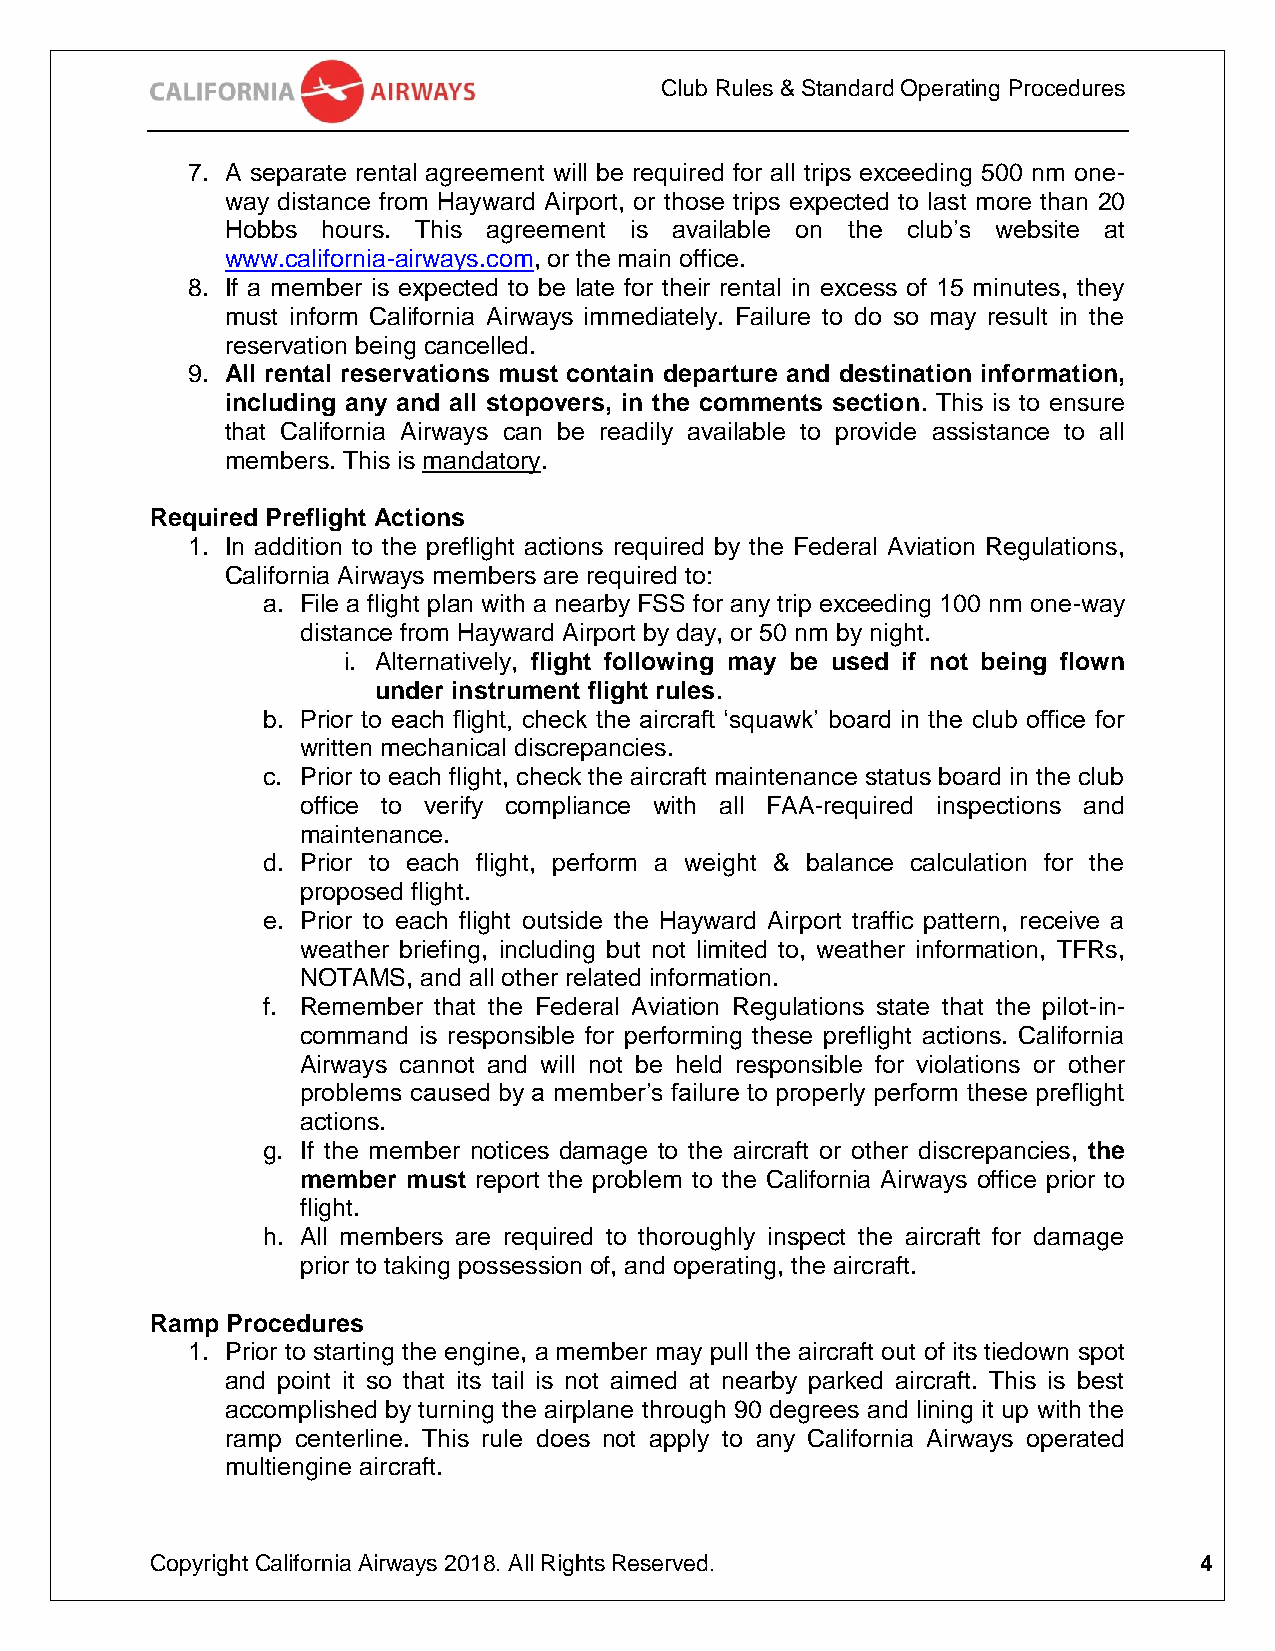
Club Rules & Standard Operating Procedures
 7. A separate rental agreement will be required for all trips exceeding 500 nm one-
 way distance from Hayward Airport, or those trips expected to last more than 20
 Hobbs hours. This agreement is available on the club’s website at
 www.california-airways.com, or the main office.
 8. If a member is expected to be late for their rental in excess of 15 minutes, they
 must inform California Airways immediately. Failure to do so may result in the
 reservation being cancelled.
 9. All rental reservations must contain departure and destination information,
 including any and all stopovers, in the comments section. This is to ensure
 that California Airways can be readily available to provide assistance to all
 members. This is mandatory.
 Required Preflight Actions
 1. In addition to the preflight actions required by the Federal Aviation Regulations,
 California Airways members are required to:
 a. File a flight plan with a nearby FSS for any trip exceeding 100 nm one-way
 distance from Hayward Airport by day, or 50 nm by night.
 i. Alternatively, flight following may be used if not being flown
 under instrument flight rules.
 b. Prior to each flight, check the aircraft ‘squawk’ board in the club office for
 written mechanical discrepancies.
 c. Prior to each flight, check the aircraft maintenance status board in the club
 office to verify compliance with all FAA-required inspections and
 maintenance.
 d. Prior to each flight, perform a weight & balance calculation for the
 proposed flight.
 e. Prior to each flight outside the Hayward Airport traffic pattern, receive a
 weather briefing, including but not limited to, weather information, TFRs,
 NOTAMS, and all other related information.
 f. Remember that the Federal Aviation Regulations state that the pilot-in-
 command is responsible for performing these preflight actions. California
 Airways cannot and will not be held responsible for violations or other
 problems caused by a member’s failure to properly perform these preflight
 actions.
 g. If the member notices damage to the aircraft or other discrepancies, the
 member must report the problem to the California Airways office prior to
 flight.
 h. All members are required to thoroughly inspect the aircraft for damage
 prior to taking possession of, and operating, the aircraft.
 Ramp Procedures
 1. Prior to starting the engine, a member may pull the aircraft out of its tiedown spot
 and point it so that its tail is not aimed at nearby parked aircraft. This is best
 accomplished by turning the airplane through 90 degrees and lining it up with the
 ramp centerline. This rule does not apply to any California Airways operated
 multiengine aircraft.
 Copyright California Airways 2018. All Rights Reserved.              4